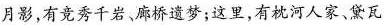
月影，有竞秀千岩、廊桥遗梦；这里，有枕河人家、黛瓦